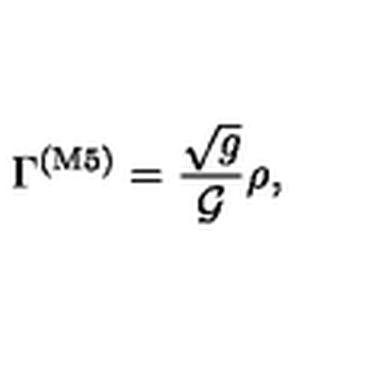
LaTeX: \Gamma ^ { ( \mathrm { M 5 } ) } = \frac { \sqrt g } { { \cal G } } \rho ,